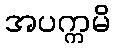
အပက္ကမိ